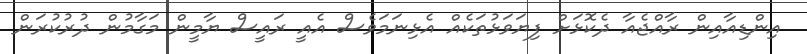
އިންޑިއާއިން ރާއްޖެއާ ދެކޮޅަށް ފިޔަވަޅުތަކެއް އެޅިނަމަވެސް އެއީ ރައީސް ޔާމީން މަގާމުން ދުރުކުރަން